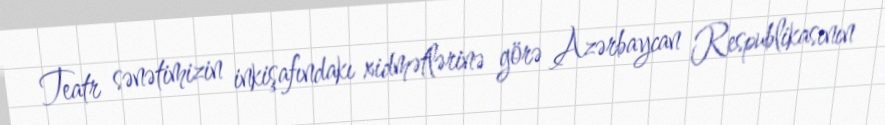
Teatr sənətimizin inkişafındakı xidmətlərinə görə Azərbaycan Respublikasının